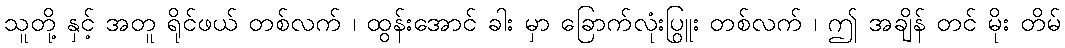
သူတို့ နှင့် အတူ ရိုင်ဖယ် တစ်လက် ၊ ထွန်းအောင် ခါး မှာ ခြောက်လုံးပြူး တစ်လက် ၊ ဤ အချိန် တွင် မိုး တိမ်